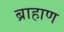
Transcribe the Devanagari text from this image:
ब्राहाण